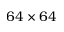
6 4 \times 6 4